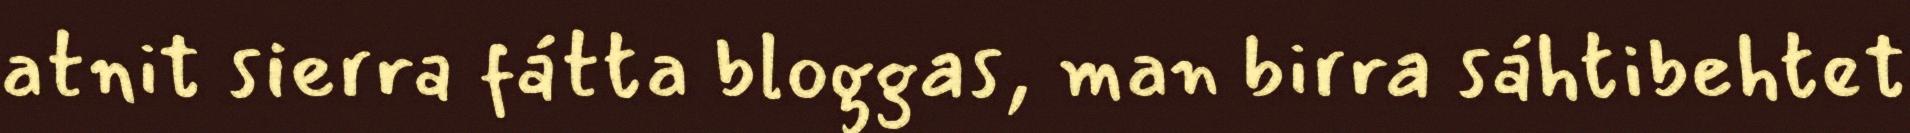
atnit sierra fátta bloggas, man birra sáhtibehtet